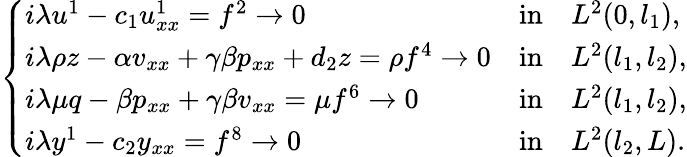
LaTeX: \left\{ \begin{array}{lll}{i{\lambda}u^{1}-c_{1}u_{xx}^{1}=f^{2}\to 0}&{\mathrm{in}}&{L^{2}(0,l_{1}),}\\ {i{\lambda}\rho z-\alpha v_{xx}+\gamma\beta p_{xx}+d_{2}z=\rho f^{4}\to 0}&{\mathrm{in}}&{L^{2}(l_{1},l_{2}),}\\ {i{\lambda}\mu q-\beta p_{xx}+\gamma\beta v_{xx}=\mu f^{6}\to 0}&{\mathrm{in}}&{L^{2}(l_{1},l_{2}),}\\ {i{\lambda}y^{1}-c_{2}y_{xx}=f^{8}\to 0}&{\mathrm{in}}&{L^{2}(l_{2},L).}\end{array}\right.